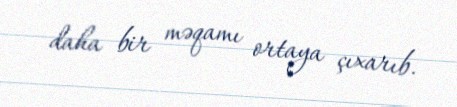
daha bir məqamı ortaya çıxarıb.